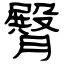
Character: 臀